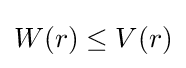
W(r)\leq V(r)